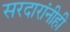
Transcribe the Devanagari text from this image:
सरदारांनीही